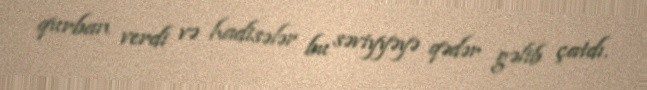
qurban verdi və hadisələr bu səviyyəyə qədər gəlib çatdı.